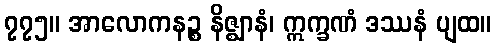
၇၇၅။ အာလောကနဉ္စ နိဇ္ဈာနံ၊ ဣက္ခဏံ ဒဿနံ ပျထ။